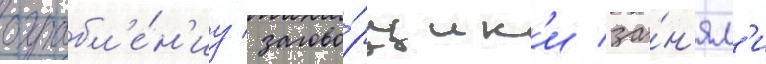
ограбл'е́н'иу / загово́рщик'и за́н'ял'и